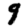
Digit: 9